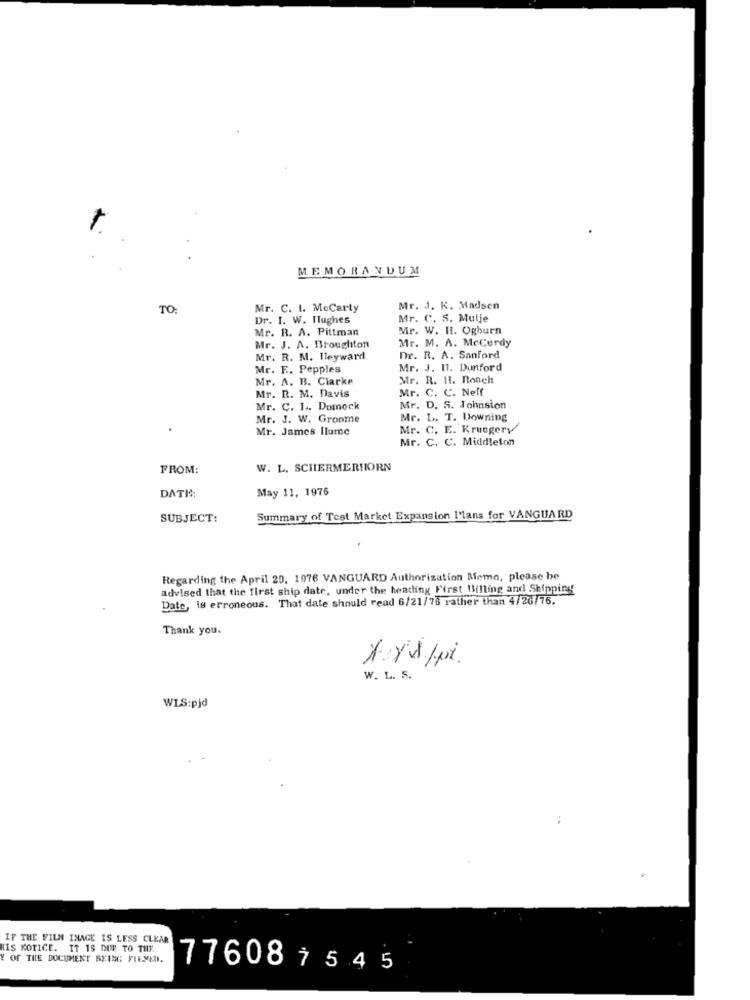
MEMORANDUM
TO
Mr. C. I. MeCarty
Mr. J. K. Madsen
Dr. I. W. Hughes
Mr. C. S. Mulje
Mr. R. A. Pittman
Mr. W. II. Ogburn
Mr. M. A. Mccurdy
Mr. J. A. Broughton
Mr. R. M. Heyward
Dr. R. A. Sanford
Mr. F .. Pepples
Mr. J. IT. Dunford
Mr. A. B. Clarke
Mr. R. 11. Ronch
Mr. C. C. Neff
Mr. R. M. Davis
Mr. C. 1 .. Domock
Mr. D. S. Johnsion
Mr. J. W. Groome
Mr. L. T. Downing
.
Mr. James Ilume
Mr. C. E. Kruegery
Mr. C. C. Middleton
FROM:
W. L. SCHERMERHORN
DATE:
May 11, 1976
SUBJECT:
Summary of Test Market Expansion l'lans for VANGUARD
Regarding the April 29, 1976 VANGUARD Authorization Memo, please be
advised that the first ship date, under the heading First Billing and Shipping
Date, is erroneous. That date should read 6/21/78 rather than 4/20/76.
Thank you.
1.xd/pi.
W. L. S.
WLS:pjd
IF THE FILM INAGE IS LESS CLEAR
IIS KOTICE. IT IS DUE TO THE
Y OF TILE DOCUMENT BEING FLEMED.
776087545